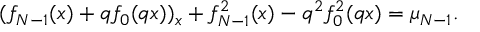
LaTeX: ( f _ { N - 1 } ( x ) + q f _ { 0 } ( q x ) ) _ { x } + f _ { N - 1 } ^ { 2 } ( x ) - q ^ { 2 } f _ { 0 } ^ { 2 } ( q x ) = \mu _ { N - 1 } .